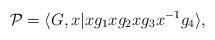
LaTeX: \begin{align*}\mathcal{P} = \langle G, x | xg_1 xg_2 xg_3 x^{-1} g_4 \rangle ,\end{align*}